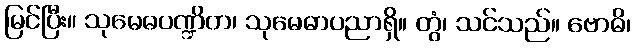
မြင်ပြီး။ သုမေဓပဏ္ဍိတ၊ သုမေဓာပညာရှိ။ တွံ၊ သင်သည်။ ဗောဓိ၊